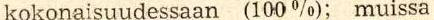
kokonaisuudessaan (100%); muissa